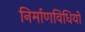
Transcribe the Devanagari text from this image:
निर्माणविधियों